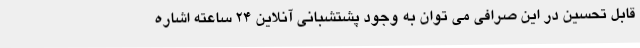
قابل تحسین در این صرافی می توان به وجود پشتشبانی آنلاین 24 ساعته اشاره